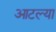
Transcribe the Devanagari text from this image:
आटल्या